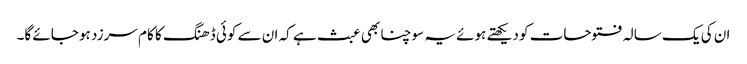
ان کی یک سالہ فتوحات کو دیکھتے ہوئے یہ سوچنا بھی عبث ہے کہ ان سے کوئی ڈھنگ کا کام سرزد ہو جائے گا۔